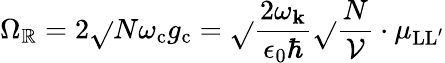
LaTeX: \Omega_{\mathbb{R}}=2\sqrt{}{{N\omega_{\mathrm{{c}}}}}g_{\mathrm{{c}}}=\sqrt{}{{\frac{{2\omega_{\mathbf{k}}}}{{\epsilon_{0}\hbar}}}}\sqrt{}{{\frac{{N}}{{\mathcal{V}}}}}\cdot{\mu_{\mathrm{{LL^{\prime}}}}}